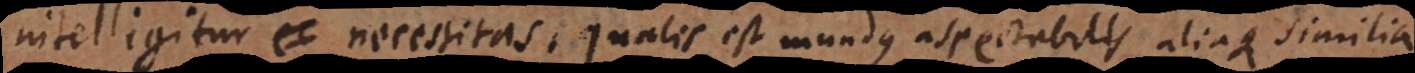
intelligitur necessitas, qualis est mundus aspectabilis aliaque similia.